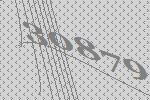
30879